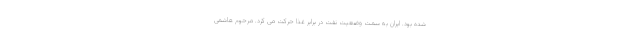
شده بود. ایران به سمت وضعیت نفت در برابر غذا حرکت می کرد. مرحوم هاشمی